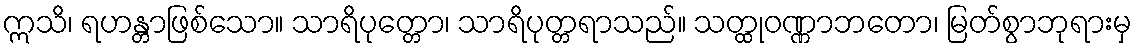
ဣသိ၊ ရဟန္တာဖြစ်သော။ သာရိပုတ္တော၊ သာရိပုတ္တရာသည်။ သတ္ထုဝဏ္ဏာဘတော၊ မြတ်စွာဘုရားမှ